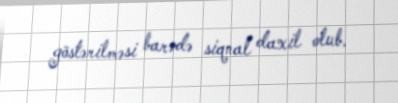
göstərilməsi barədə siqnal daxil olub.